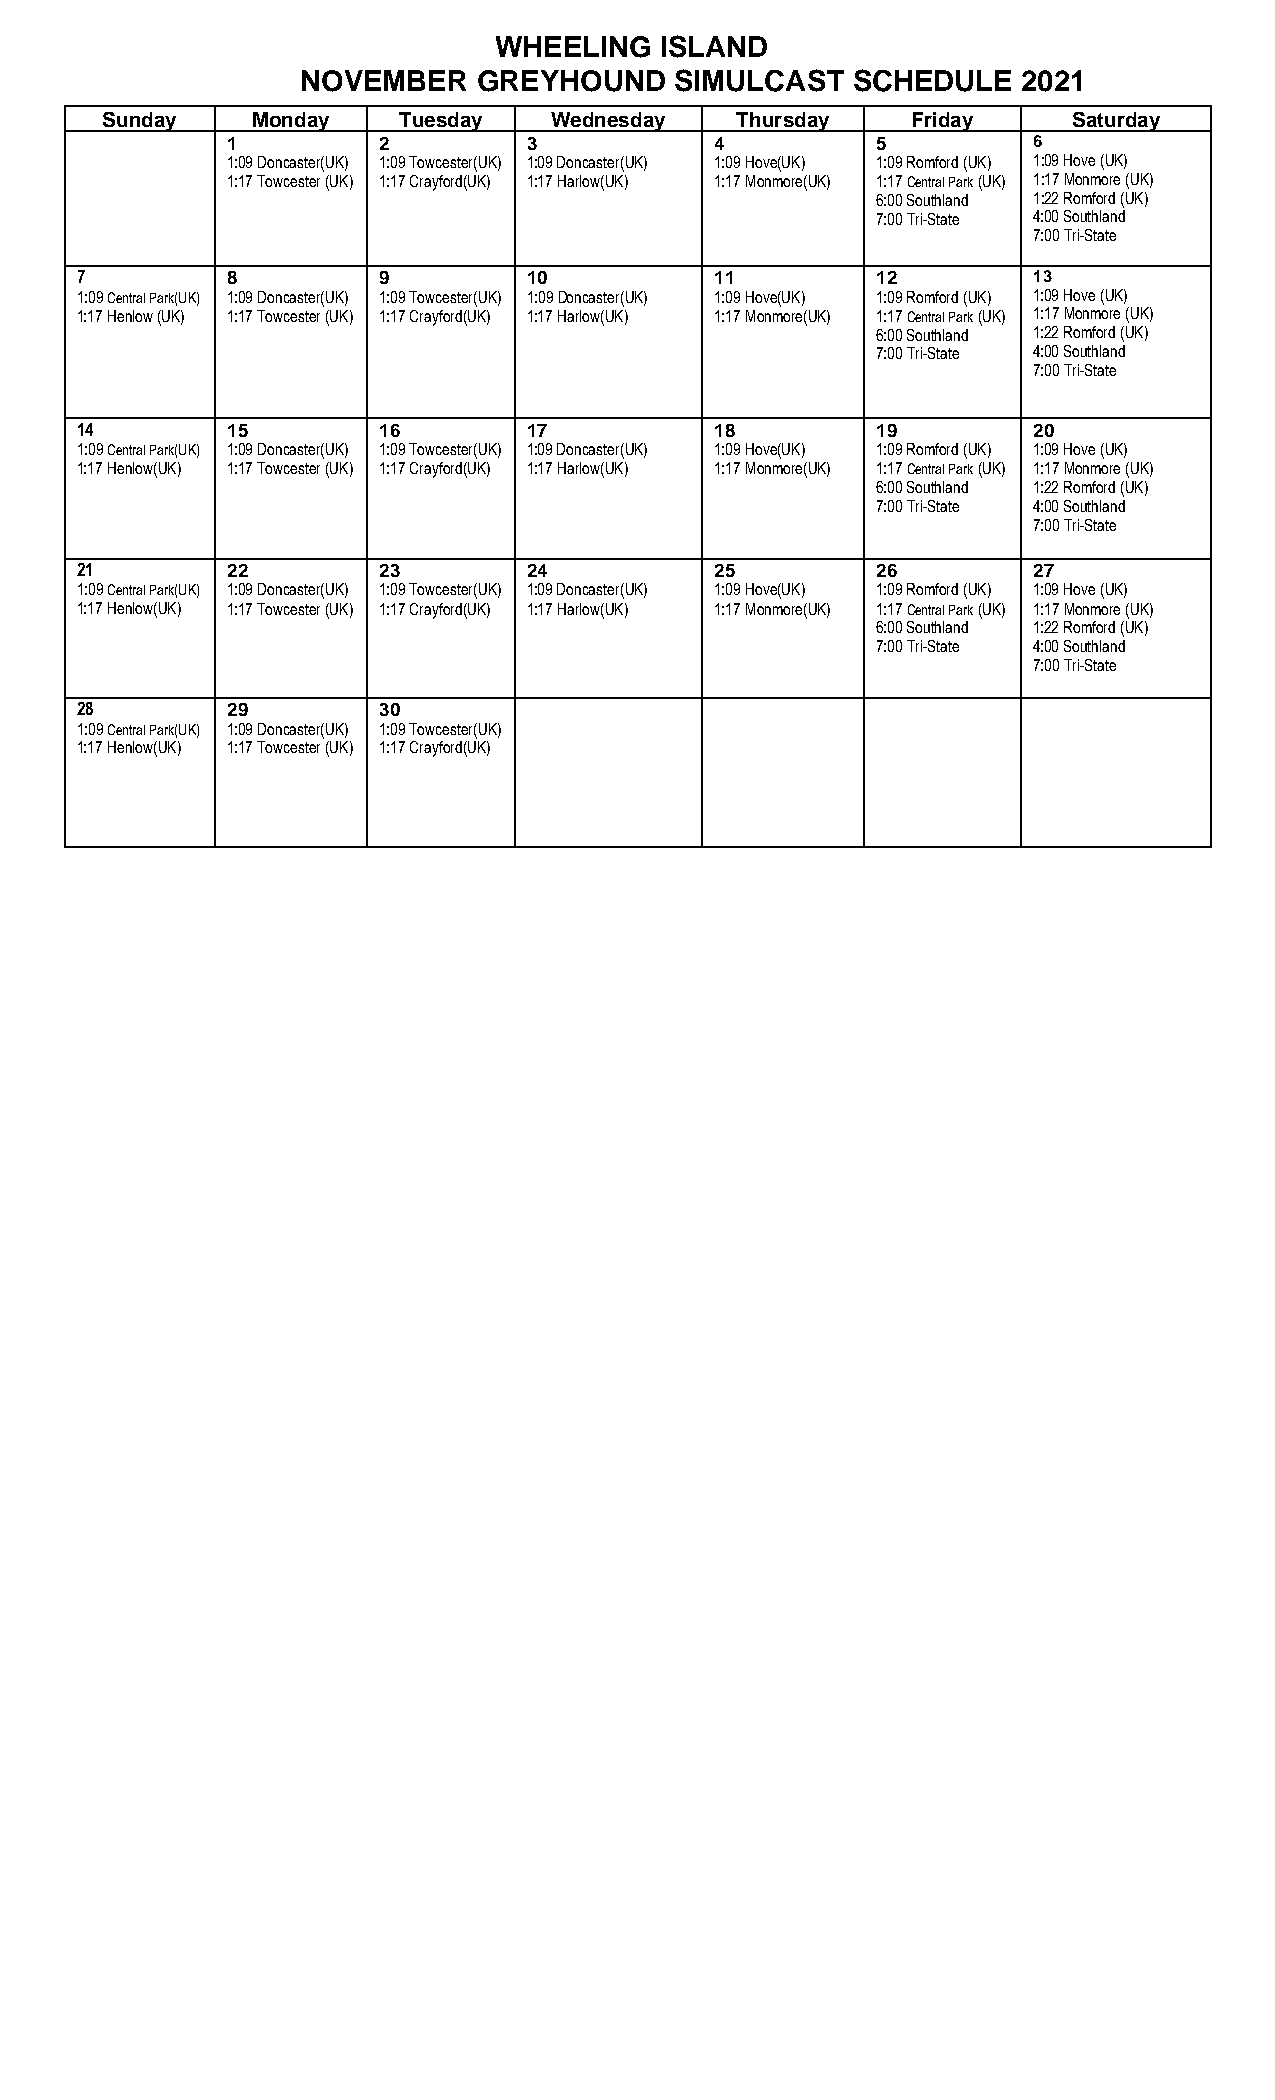
WHEELING   ISLAND
 NOVEMBER    GREYHOUND    SIMULCAST  SCHEDULE    2021
 Sunday    Monday   Tuesday   Wednesday    Thursday   Friday     Saturday
 1         2         3           4          5         6
 1:09 Doncaster(UK) 1:09 Towcester(UK) 1:09 Doncaster(UK) 1:09 Hove(UK) 1:09 Romford (UK) 1:09 Hove (UK)
 1:17 Towcester (UK) 1:17 Crayford(UK) 1:17 Harlow(UK) 1:17 Monmore(UK) 1:17 Central Park (UK) 1:17 Monmore (UK)
 6:00 Southland 1:22 Romford (UK)
 7:00 Tri-State 4:00 Southland
 7:00 Tri-State
 7         8         9         10          11         12        13
 1:09 Central Park(UK) 1:09 Doncaster(UK) 1:09 Towcester(UK) 1:09 Doncaster(UK) 1:09 Hove(UK) 1:09 Romford (UK) 1:09 Hove (UK)
 1:17 Henlow (UK) 1:17 Towcester (UK) 1:17 Crayford(UK) 1:17 Harlow(UK) 1:17 Monmore(UK) 1:17 Central Park (UK) 1:17 Monmore (UK)
 6:00 Southland 1:22 Romford (UK)
 7:00 Tri-State 4:00 Southland
 7:00 Tri-State
 14        15        16        17          18         19        20
 1:09 Central Park(UK) 1:09 Doncaster(UK) 1:09 Towcester(UK) 1:09 Doncaster(UK) 1:09 Hove(UK) 1:09 Romford (UK) 1:09 Hove (UK)
 1:17 Henlow(UK) 1:17 Towcester (UK) 1:17 Crayford(UK) 1:17 Harlow(UK) 1:17 Monmore(UK) 1:17 Central Park (UK) 1:17 Monmore (UK)
 6:00 Southland 1:22 Romford (UK)
 7:00 Tri-State 4:00 Southland
 7:00 Tri-State
 21        22        23        24          25         26        27
 1:09 Central Park(UK) 1:09 Doncaster(UK) 1:09 Towcester(UK) 1:09 Doncaster(UK) 1:09 Hove(UK) 1:09 Romford (UK) 1:09 Hove (UK)
 1:17 Henlow(UK) 1:17 Towcester (UK) 1:17 Crayford(UK) 1:17 Harlow(UK) 1:17 Monmore(UK) 1:17 Central Park (UK) 1:17 Monmore (UK)
 6:00 Southland 1:22 Romford (UK)
 7:00 Tri-State 4:00 Southland
 7:00 Tri-State
 28        29        30
 1:09 Central Park(UK) 1:09 Doncaster(UK) 1:09 Towcester(UK)
 1:17 Henlow(UK) 1:17 Towcester (UK) 1:17 Crayford(UK)